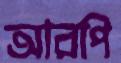
আরপি